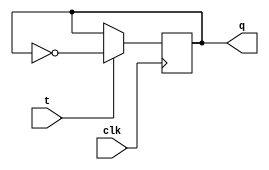
module t_ff (
    input wire clk,  // Clock input signal
    input wire t,    // T input signal
    output reg q     // Output signal
);

always @(posedge clk) begin
    if (t == 1'b1) begin
        q <= ~q;  // Toggle output when T is high
    end
end

endmodule